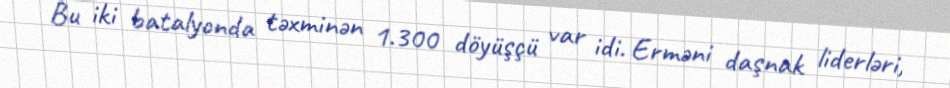
Bu iki batalyonda təxminən 1.300 döyüşçü var idi. Erməni daşnak liderləri,